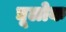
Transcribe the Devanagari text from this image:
द्यूलोक